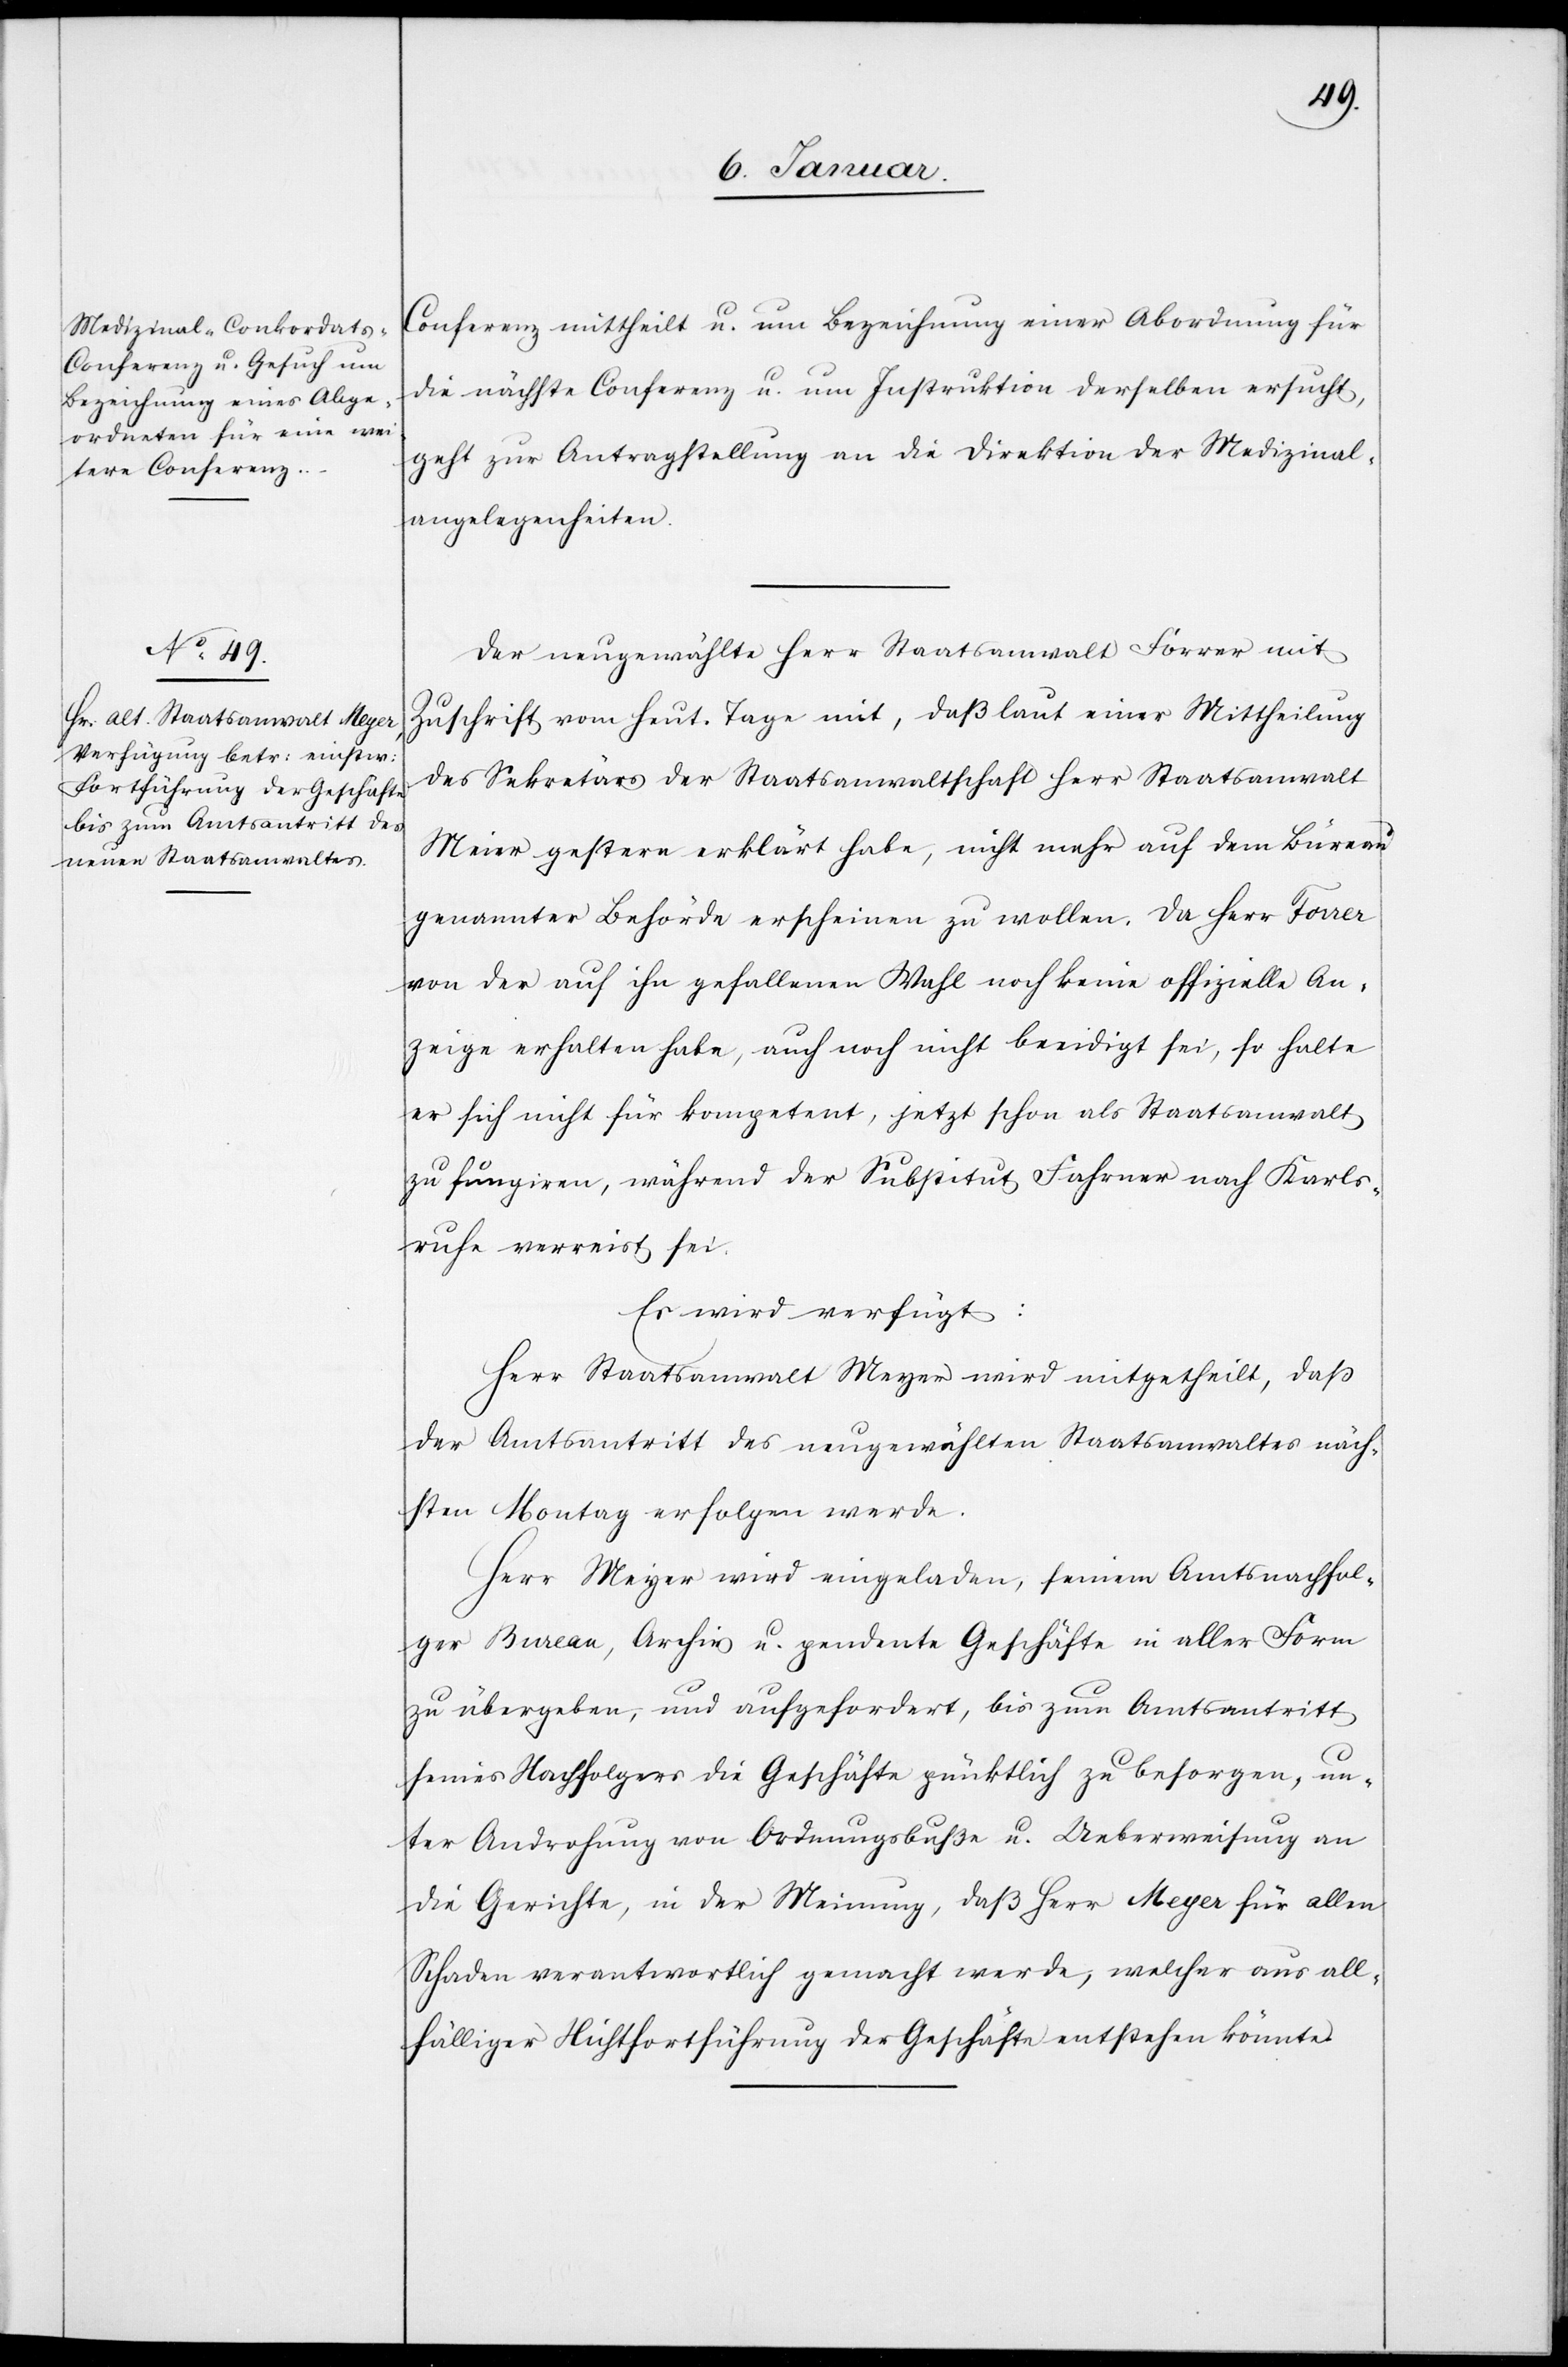
7. Januar.]
Conferenz [sic!] mittheilt u. um Bezeichnung einer Abordnung für
die nächste Conferenz u. um Instruktion derselben ersucht,
geht zur Antragstellung an die Direktion der Medizinal¬
angelegenheiten.
Der neugewählte Herr Staatsanwalt Forrer mit
Zuschrift vom heut. Tage mit [sic!], daß laut einer Mittheilung
des Sekretärs der Staatsanwaltschaft Herr Staatsanwalt
[sic!] gestern erklärt habe, nicht mehr auf dem Büreau
genannter Behörde erscheinen zu wollen. Da Herr Forrer
von der auf ihn gefallenen Wahl noch keine offizielle An¬
zeige erhalten habe, auch noch nicht beeidigt sei, so halte
er sich nicht für kompetent, jetzt schon als Staatsanwalt
zu fungiren, während der Substitut Fahrner nach Karls¬
ruhe verreist sei.
Es wird verfügt:
Herr Staatsanwalt Meyer wird mitgetheilt, daß
der Amtsantritt des neugewählten Staatsanwaltes näch¬
sten Montag erfolgen werde.
Herr Meyer wird eingeladen, seinem Amtsnachfol¬
ger Bureau, Archiv u. pendente Geschäfte in aller Form
zu übergeben, und aufgefordert, bis zum Amtsantritt
seines Nachfolgers die Geschäfte pünktlich zu besorgen, un¬
ter Androhung von Ordnungsbuße u. Ueberweisung an
die Gerichte, in der Meinung, daß Herr Meyer für allen
Schaden verantwortlich gemacht werde, welcher aus all¬
fälliger Nichtfortführung der Geschäfte entstehen könnte.